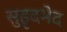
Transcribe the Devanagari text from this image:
सुहृदभेद